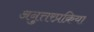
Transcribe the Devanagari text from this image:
अनुत्तरप्रक्रिया